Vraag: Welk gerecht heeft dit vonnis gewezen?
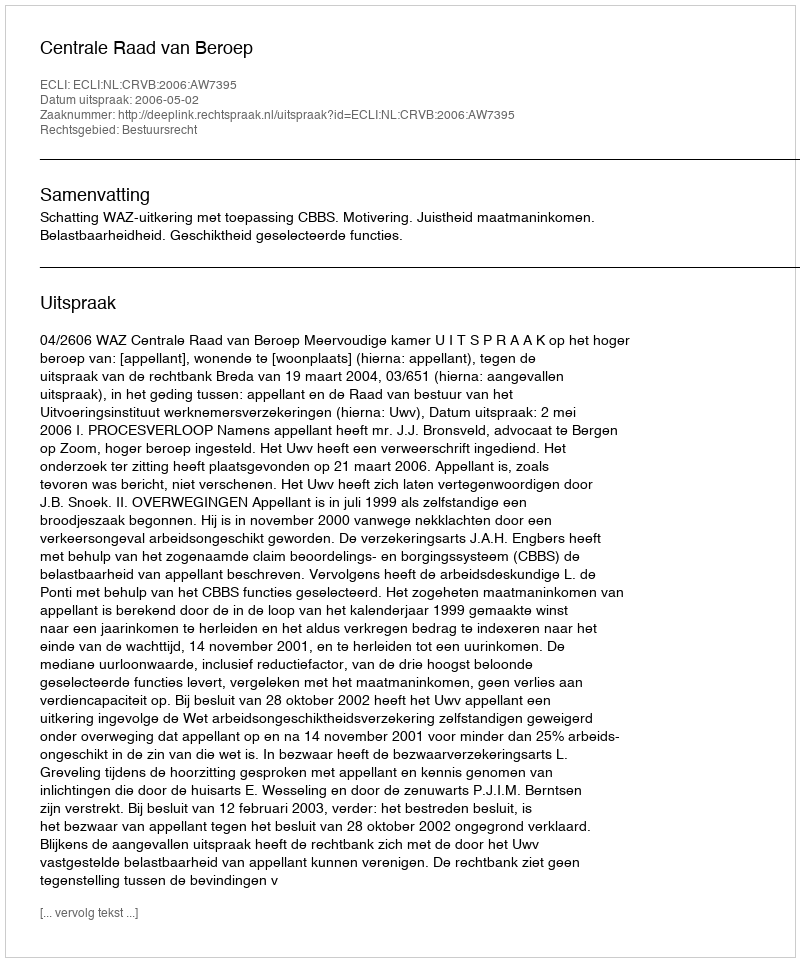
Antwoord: Centrale Raad van Beroep